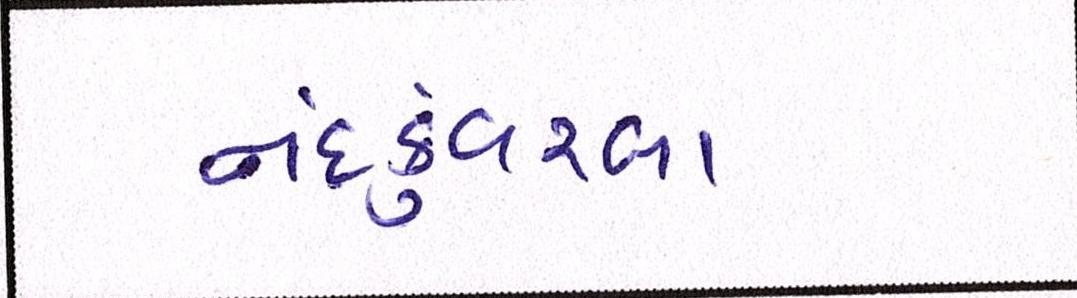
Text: નંદકુંવરબા